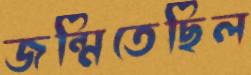
জন্মিতেছিল